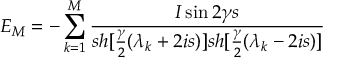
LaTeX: E _ { M } = - \sum _ { k = 1 } ^ { M } \frac { I \sin 2 \gamma s } { s h [ \frac { \gamma } { 2 } ( \lambda _ { k } + 2 i s ) ] s h [ \frac { \gamma } { 2 } ( \lambda _ { k } - 2 i s ) ] }